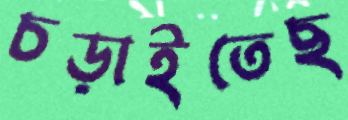
চড়াইতেছ